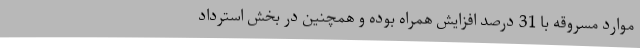
موارد مسروقه با 31 درصد افزایش همراه بوده و همچنین در بخش استرداد